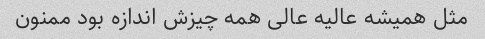
مثل همیشه عالیه عالی همه چیزش اندازه بود ممنون